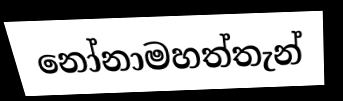
නෝනාමහත්තැන්